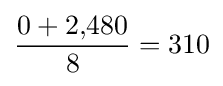
{\frac {0+2{,}480}{8}}=310